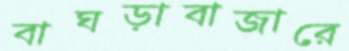
বাঘড়াবাজারে